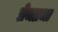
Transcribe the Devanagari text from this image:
प्रेमप्रभा